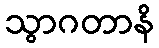
သွာဂတာနိ